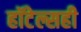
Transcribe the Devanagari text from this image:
हॉटेल्सही